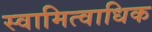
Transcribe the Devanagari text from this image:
स्वामित्वाधिक